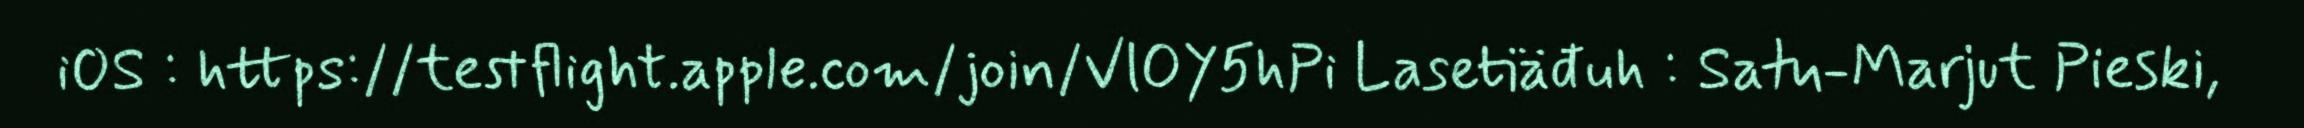
iOS : https://testflight.apple.com/join/VlOY5hPi Lasetiäđuh : Satu-Marjut Pieski,